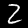
Digit: 2